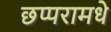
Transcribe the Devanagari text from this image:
छप्परामधे